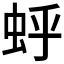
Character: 𫊯